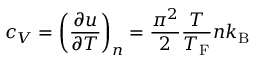
c _ { V } = \left( { \frac { \partial u } { \partial T } } \right) _ { n } = { \frac { \pi ^ { 2 } } { 2 } } { \frac { T } { T _ { \mathrm { { F } } } } } n k _ { \mathrm { { B } } }